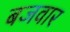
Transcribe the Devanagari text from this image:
बजवार